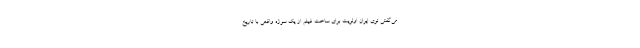
می‌گفتی توی ایران اولویت برای ساخت فیلم از یک سوژه واقعی با تاریخ